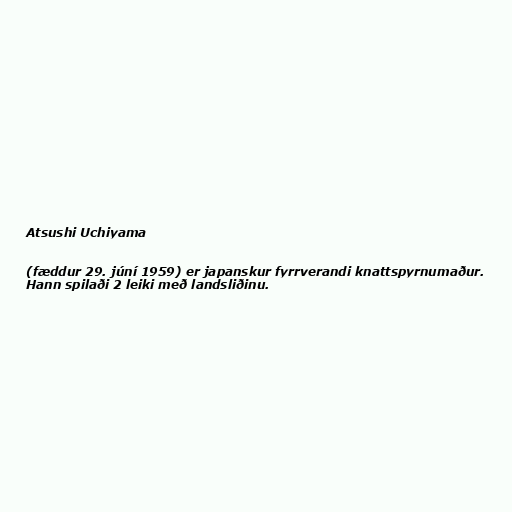
Atsushi Uchiyama

(fæddur 29. júní 1959) er japanskur fyrrverandi knattspyrnumaður.
Hann spilaði 2 leiki með landsliðinu.